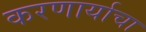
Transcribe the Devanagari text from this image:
करणार्याचा